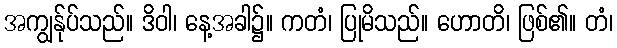
အကျွန်ုပ်သည်။ ဒိဝါ၊ နေ့အခါ၌။ ကတံ၊ ပြုမိသည်။ ဟောတိ၊ ဖြစ်၏။ တံ၊